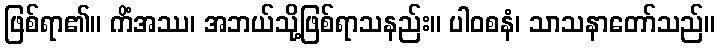
ဖြစ်ရာ၏။ ကိံအဿ၊ အဘယ်သို့ဖြစ်ရာသနည်း။ ပါဝစနံ၊ သာသနာတော်သည်။